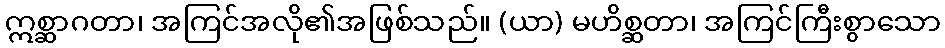
ဣစ္ဆာဂတာ၊ အကြင်အလို၏အဖြစ်သည်။ (ယာ) မဟိစ္ဆတာ၊ အကြင်ကြီးစွာသော